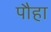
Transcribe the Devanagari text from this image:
पौहा